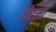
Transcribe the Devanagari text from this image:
जेटला